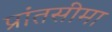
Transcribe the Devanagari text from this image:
प्रांतसीमा